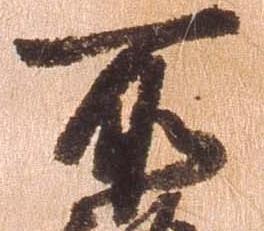
所